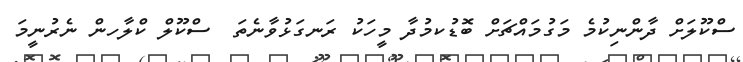
ސްކޫލަށް ދާންނިކުމެ މަގުމައްޗަށް ބޮޑުކމުދާ މީހަކު ރަނގަޅުވާނެތަ  ސްކޫލް ކްލާހން ނެރުނީމަ